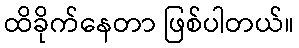
ထိခိုက်နေတာ ဖြစ်ပါတယ်။